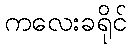
ကလေးခရိုင်